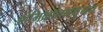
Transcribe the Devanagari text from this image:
ओमिक्रॉनमधूनच